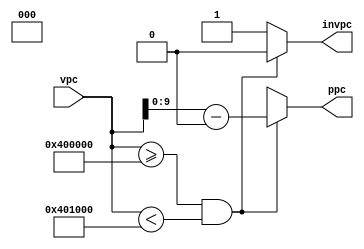
/*
 * Generated by Digital. Don't modify this file!
 * Any changes will be lost if this file is regenerated.
 */
module pcdecoder(
    input [31:0] vpc,
    output reg[9:0] ppc,
    output reg invpc
);

parameter [31:0] startp=32'h400000 ;
parameter [31:0] endp=32'h401000 ;
reg [31:0] temp;

always @(*)
begin
    if(vpc[31:0]>=startp 
    & vpc[31:0]<endp)begin
	    temp = vpc - startp;
            ppc = temp;
	    invpc = 1'b0;
    end else begin
        invpc = 1'b1;
        ppc = 7'dx;
    end
end
endmodule

module testPcDecoder (
  input [31:0] inp,
  output [9:0] ppc,
  output ipc
);
  // pcdecoder
  pcdecoder pcdecoder_i0 (
    .vpc( inp ),
    .ppc( ppc ),
    .invpc( ipc )
  );
endmodule